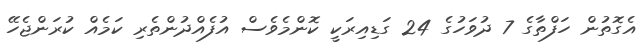
އެގޮތުން ހަފްތާގެ 7 ދުވަހުގެ 24 ގަޑިއިރަކީ ކޮންމެވެސް އުފެއްދުންތެރި ކަމެއް ކުރަންޖެހޭ